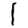
Digit: 1